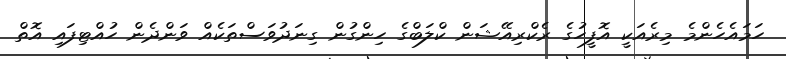
ހަމައެހެންމެ މިރެއަކީ އޮފީހުގެ ރެކްރިއޭޝަން ކްލަބްގެ ހިންގުން ގިނަދުވަސްތަކެއް ވަންދެން ހުއްޓިފައި އޮތް